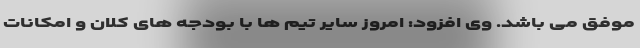
موفق می باشد. وی افزود: امروز سایر تیم ها با بودجه های کلان و امکانات